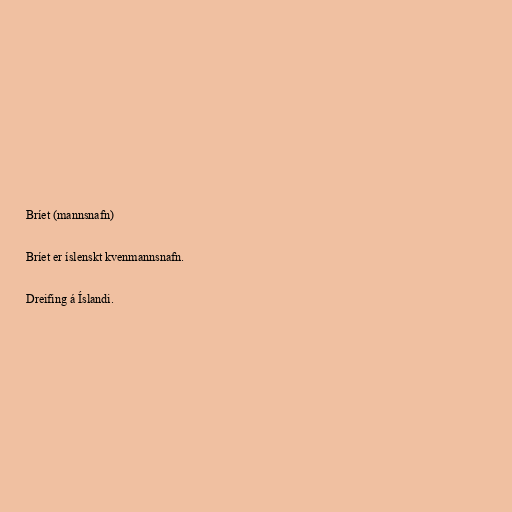
Bríet (mannsnafn)

Bríet er íslenskt kvenmannsnafn.

Dreifing á Íslandi.